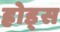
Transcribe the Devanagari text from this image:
ह्रोड्स